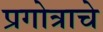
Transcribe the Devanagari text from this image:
प्रगोत्राचे